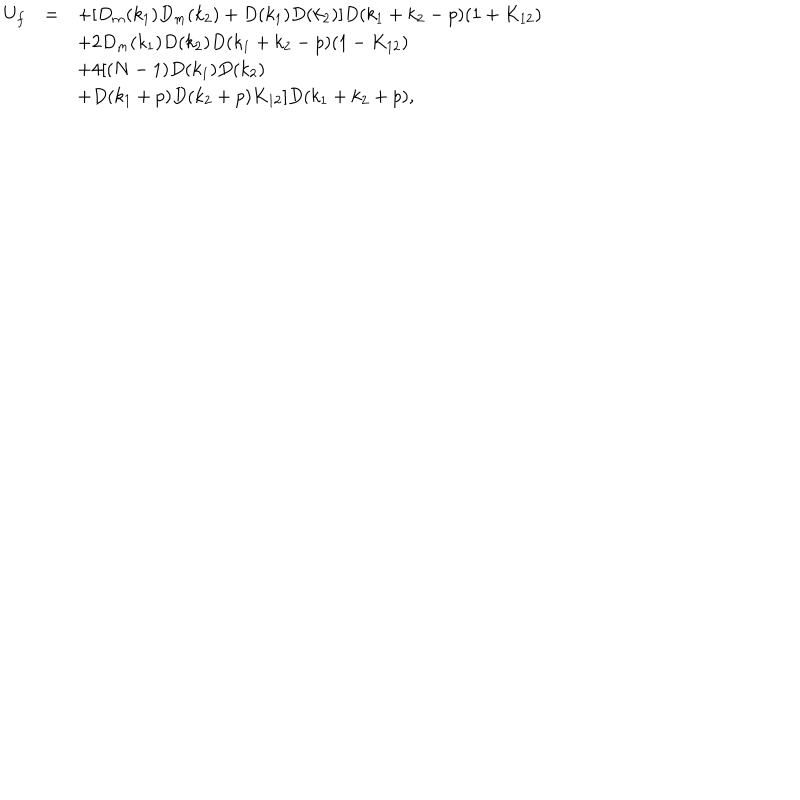
LaTeX: \begin{array} { r c l } { { U _ { f } } } & { { = } } & { { \displaystyle + [ D _ { m } ( k _ { 1 } ) D _ { m } ( k _ { 2 } ) + D ( k _ { 1 } ) D ( k _ { 2 } ) ] D ( k _ { 1 } + k _ { 2 } - p ) ( 1 + K _ { 1 2 } ) } } \\ { { } } & { { } } & { { \displaystyle + 2 D _ { m } ( k _ { 1 } ) D ( k _ { 2 } ) D ( k _ { 1 } + k _ { 2 } - p ) ( 1 - K _ { 1 2 } ) } } \\ { { } } & { { } } & { { \displaystyle + 4 [ ( N - 1 ) D ( k _ { 1 } ) D ( k _ { 2 } ) } } \\ { { } } & { { } } & { { \displaystyle + D ( k _ { 1 } + p ) D ( k _ { 2 } + p ) K _ { 1 2 } ] D ( k _ { 1 } + k _ { 2 } + p ) , } } \\ \end{array}